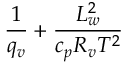
\frac { 1 } { q _ { v } } + \frac { L _ { w } ^ { 2 } } { c _ { p } R _ { v } T ^ { 2 } }